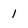
Character: 1